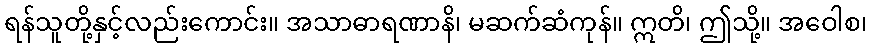
ရန်သူတို့နှင့်လည်းကောင်း။ အသာဓာရဏာနိ၊ မဆက်ဆံကုန်။ ဣတိ၊ ဤသို့။ အဝေါစ၊